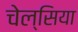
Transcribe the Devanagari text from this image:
चेल्‍सिया